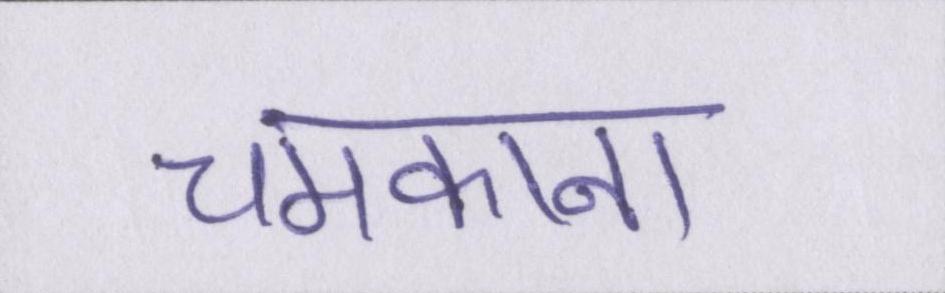
चमकाना